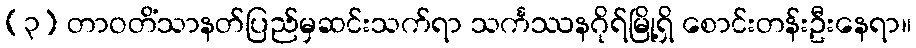
(၃) တာဝတိံသာနတ်ပြည်မှဆင်းသက်ရာ သင်္ကဿနဂိုရ်မြို့ရှိ စောင်းတန်းဦးနေရာ။